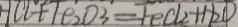
H C l + F e _ { 2 } O 3 = F e C l _ { 2 } + H _ { 2 } O